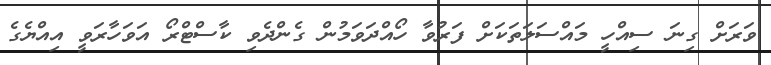
ވަރަށް ގިނަ ސިއްހީ މައްސަލަތަކަށް ފަރުވާ ހޯއްދަވަމުން ގެންދެވި ކާސްޓްރޯ އަވަހާރަވީ އިއްޔެގެ